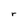
Character: r